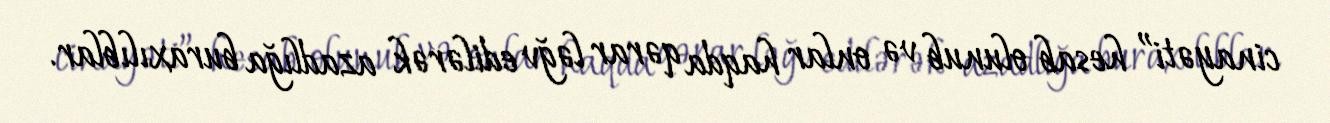
cinayəti” hesab olunub və onlar haqda qərar ləğv edilərək azadlığa buraxılıblar.